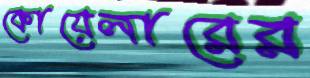
কোয়েলারের